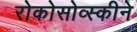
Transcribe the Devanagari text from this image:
रोकोसोव्स्कीने